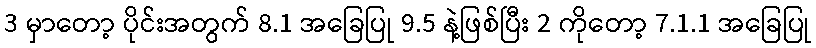
3 မှာတော့ ပိုင်းအတွက် 8.1 အခြေပြု 9.5 နဲ့ဖြစ်ပြီး 2 ကိုတော့ 7.1.1 အခြေပြု